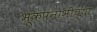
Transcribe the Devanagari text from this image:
भूकंपनाभीच्या